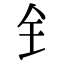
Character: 钅